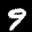
Label: 9